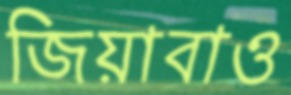
জিয়াবাও